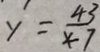
y ^ { \prime } = \frac { 4 3 } { x - 7 }